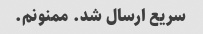
سریع ارسال شد. ممنونم.